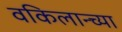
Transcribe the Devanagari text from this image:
वकिलान्च्या